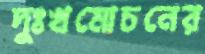
দুঃখমোচনের